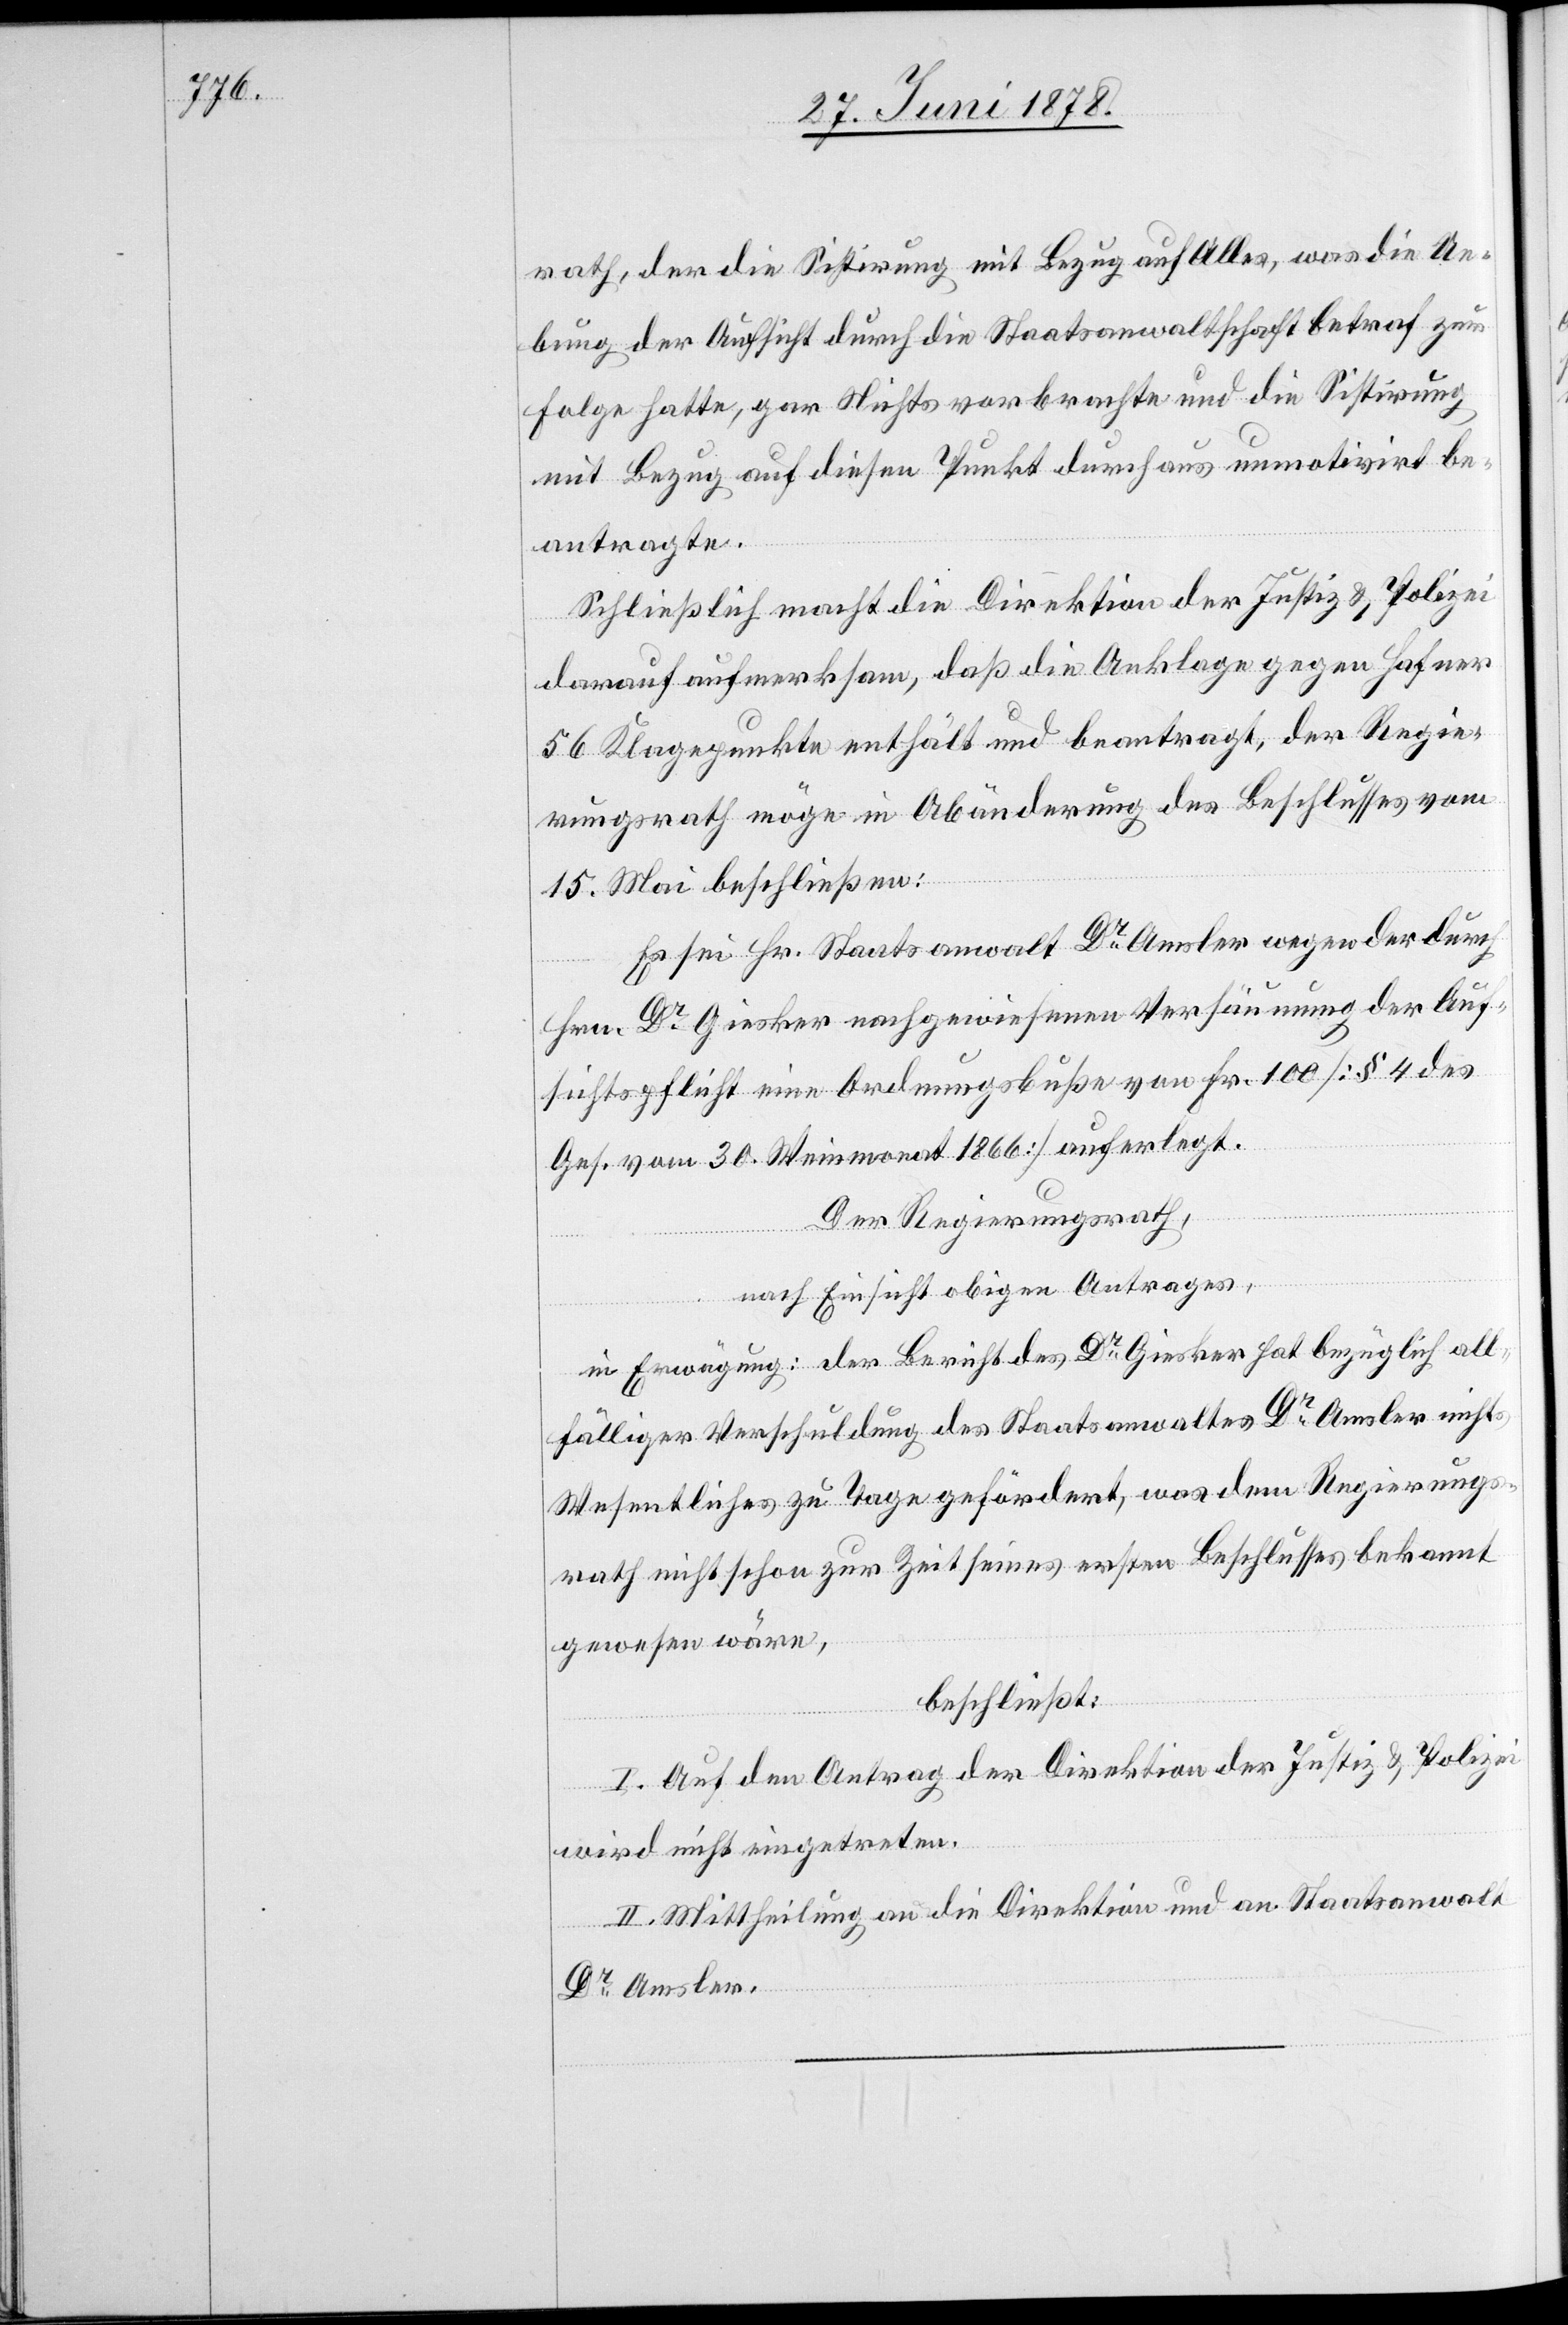
rath, der die Sistirung mit Bezug auf Alles, was die Ue¬
bung der Aufsicht durch die Staatsanwaltschaft betraf zur
Folge hatte, gar Nichts vorbrachte und die Sistirung
mit Bezug auf diesen Punkt durchaus unmotivirt be¬
antragte.
Schließlich macht die Direktion der Justiz & Polizei
darauf aufmerksam, daß die Anklage gegen Hafner
56 Klagepunkte enthält und beantragt, der Regie¬
rungsrath möge in Abänderung des Beschlusses vom
15. Mai beschließen:
Es sei Hr. Staatsanwalt Dr Amsler wegen der durch
Hrn. Giesker nachgewiesenen Versäumung der Auf¬
sichtspflicht eine Ordnungsbuße von Fr. 100 [§ 4 des
Ges. vom 30. Weinmonat 1866] auferlegt.
Der Regierungsrath,
nach Einsicht obigen Antrages,
in Erwägung: der Bericht des Dr Giesker hat bezüglich all¬
fälliger Verschuldung des Staatsanwaltes Dr Amsler nichts
Wesentliches zu Tage gefördert, was dem Regierungs¬
rath nicht schon zur Zeit seines ersten Beschlusses bekannt
gewesen wäre,
beschließt:
I. Auf den Antrag der Direktion der Justiz & Polizei
wird nicht eingetreten.
II. Mittheilung an die Direktion und an Staatsanwalt
Dr Amsler.